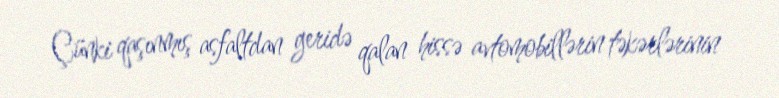
Çünki qaşınmış asfaltdan geridə qalan hissə avtomobillərin təkərlərinin